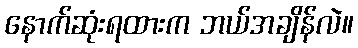
နောက်ဆုံးရထားက ဘယ်အချိန်လဲ။